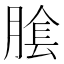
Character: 𦝴